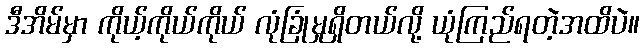
ဒီအိမ်မှာ ကိုယ့်ကိုယ်ကိုယ် လုံခြုံမှုရှိတယ်လို့ ယုံကြည်ရတဲ့အထိပဲ။